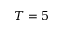
T = 5